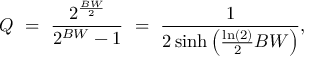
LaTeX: Q \ = \ { \frac { 2 ^ { \frac { B W } { 2 } } } { 2 ^ { B W } - 1 } } \ = \ { \frac { 1 } { 2 \sinh \left( { \frac { \ln ( 2 ) } { 2 } } B W \right) } } ,